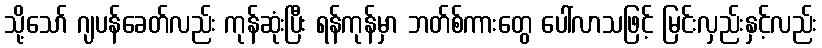
သို့သော် ဂျပန်ခေတ်လည်း ကုန်ဆုံးပြီး ရန်ကုန်မှာ ဘတ်စ်ကားတွေ ပေါ်လာသဖြင့် မြင်းလှည်းနှင့်လည်း